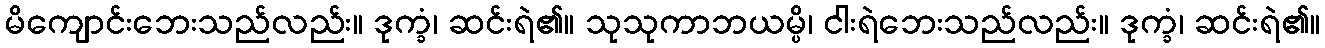
မိကျောင်းဘေးသည်လည်း။ ဒုက္ခံ၊ ဆင်းရဲ၏။ သုသုကာဘယမ္ပိ၊ ငါးရဲဘေးသည်လည်း။ ဒုက္ခံ၊ ဆင်းရဲ၏။